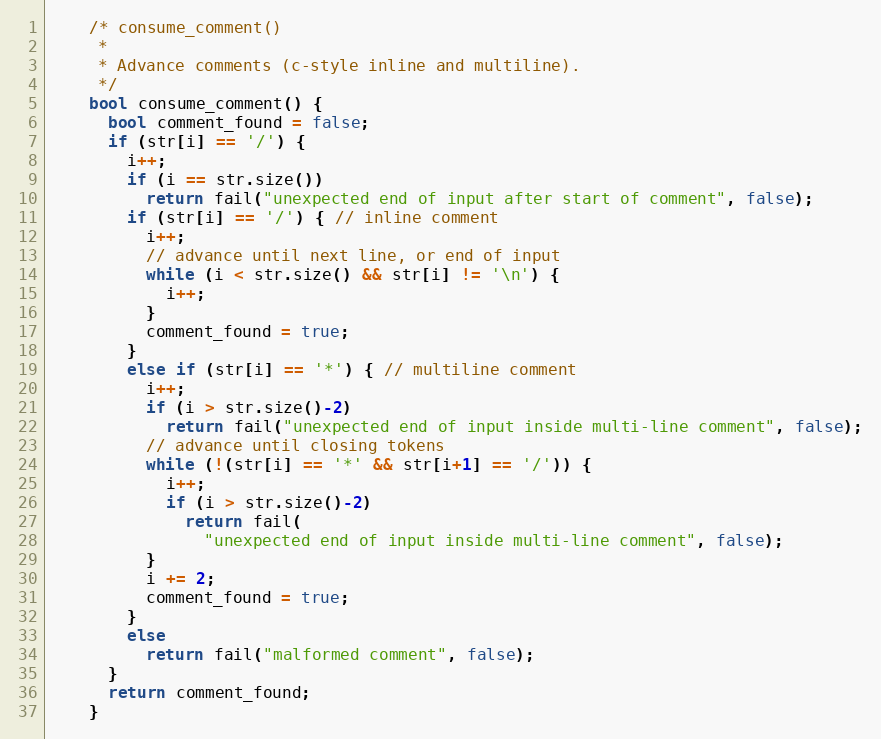
Language: C++
    /* consume_comment()
     *
     * Advance comments (c-style inline and multiline).
     */
    bool consume_comment() {
      bool comment_found = false;
      if (str[i] == '/') {
        i++;
        if (i == str.size())
          return fail("unexpected end of input after start of comment", false);
        if (str[i] == '/') { // inline comment
          i++;
          // advance until next line, or end of input
          while (i < str.size() && str[i] != '\n') {
            i++;
          }
          comment_found = true;
        }
        else if (str[i] == '*') { // multiline comment
          i++;
          if (i > str.size()-2)
            return fail("unexpected end of input inside multi-line comment", false);
          // advance until closing tokens
          while (!(str[i] == '*' && str[i+1] == '/')) {
            i++;
            if (i > str.size()-2)
              return fail(
                "unexpected end of input inside multi-line comment", false);
          }
          i += 2;
          comment_found = true;
        }
        else
          return fail("malformed comment", false);
      }
      return comment_found;
    }